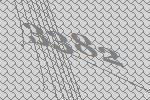
3382